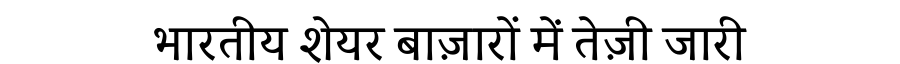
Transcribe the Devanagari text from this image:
भारतीय शेयर बाज़ारों में तेज़ी जारी